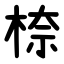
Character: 㮈